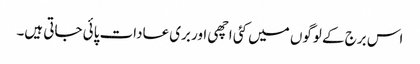
اس برج کے لوگوں میں کئی اچھی اور بری عادات پائی جاتی ہیں۔